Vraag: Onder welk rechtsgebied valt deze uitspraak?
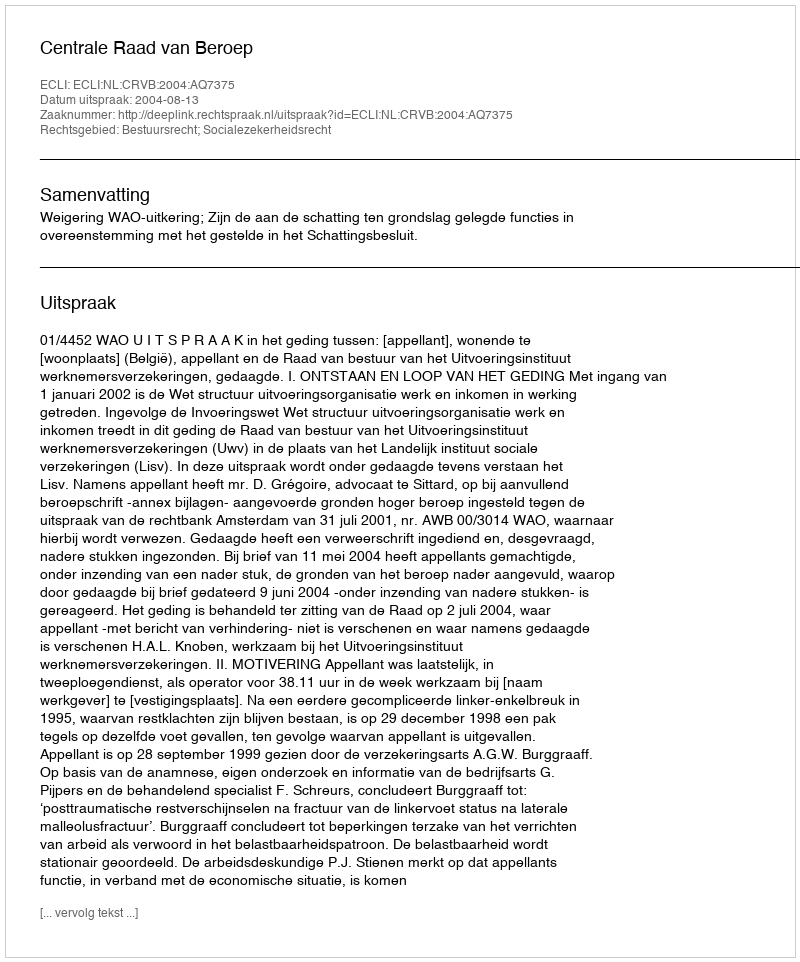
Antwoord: Bestuursrecht; Socialezekerheidsrecht